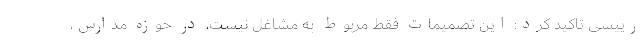
رییسی تاکید کرد: این تصمیمات فقط مربوط به مشاغل نیست، در حوزه مدارس،